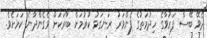
ދެވޭ ބޭސް ފަރުވާގެ ހިދުމަތުގެ ފެންވަރު ރަނގަޅު ކުރުމަށް ބާރަކަށް ވެގެންދާނެ ކަމަށެވެ.